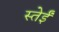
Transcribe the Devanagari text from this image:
स्तेईं